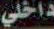
داخلي